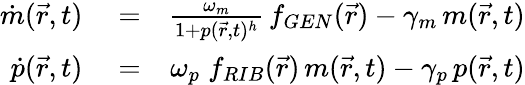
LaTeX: \begin{array}{rlr}{\dot{m}(\vec{r},t)}&{{}=}&{\frac{\omega_{m}}{1+p(\vec{r},t)^{h}}\, f_{GEN}(\vec{r})-\gamma_{m}\, m(\vec{r},t)}\\ {\dot{p}(\vec{r},t)}&{{}=}&{\omega_{p}\; f_{RIB}(\vec{r})\, m(\vec{r},t)-\gamma_{p}\, p(\vec{r},t)}\end{array}